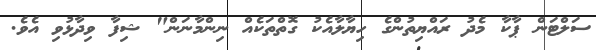
ސަލްޓަން ޕާކާ މެދު ރައްޔިތުންގެ ހިޔާލާއެކު ގޮތްތަކެއް ނިންމާނަން" ޝިފާ ވިދާޅުވި އެވެ.